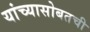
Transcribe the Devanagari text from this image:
यांच्यासोबतची